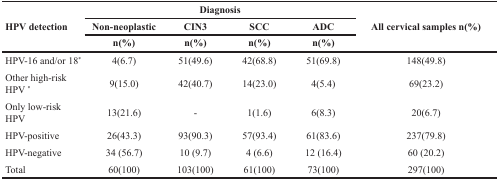
<table><thead><tr><td rowspan="3"><b>HPV detection</b></td><td colspan="4"><b>Diagnosis</b></td><td rowspan="3"><b>All cervical samples n(%)</b></td></tr><tr><td><b>Non-neoplastic</b></td><td><b>CIN3</b></td><td><b>SCC</b></td><td><b>ADC</b></td></tr><tr><td><b>n(%)</b></td><td><b>n(%)</b></td><td><b>n(%)</b></td><td><b>n(%)</b></td></tr></thead><tbody><tr><td>HPV-16 and/or 18<sup>*</sup></td><td>4(6.7)</td><td>51(49.6)</td><td>42(68.8)</td><td>51(69.8)</td><td>148(49.8)</td></tr><tr><td>Other high-risk HPV <sup>*</sup></td><td>9(15.0)</td><td>42(40.7)</td><td>14(23.0)</td><td>4(5.4)</td><td>69(23.2)</td></tr><tr><td>Only low-risk HPV</td><td>13(21.6)</td><td>-</td><td>1(1.6)</td><td>6(8.3)</td><td>20(6.7)</td></tr><tr><td>HPV-positive</td><td>26(43.3)</td><td>93(90.3)</td><td>57(93.4)</td><td>61(83.6)</td><td>237(79.8)</td></tr><tr><td>HPV-negative</td><td>34 (56.7)</td><td>10 (9.7)</td><td>4 (6.6)</td><td>12 (16.4)</td><td>60 (20.2)</td></tr><tr><td>Total</td><td>60(100)</td><td>103(100)</td><td>61(100)</td><td>73(100)</td><td>297(100)</td></tr></tbody></table>